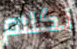
لكلام